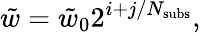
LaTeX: \tilde{w}=\tilde{w}_{0}2^{i+j/N_{\mathrm{subs}}},